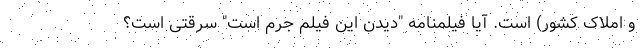
و املاک کشور) است. آیا فیلمنامه "دیدن این فیلم جرم است" سرقتی است؟